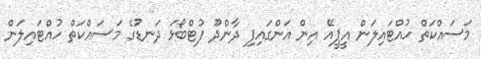
މަސައްކަތް ހުއްޓައިލަން އީޕީއޭ އިން އަންގައިފި ދާންދޫ ފުޓްބޯޅަ ދަނޑުގެ މަސައްކަތް ހުއްޓައިލަން